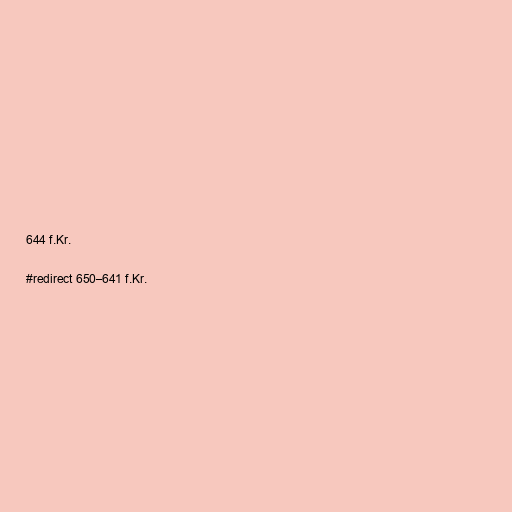
644 f.Kr.

#redirect 650–641 f.Kr.